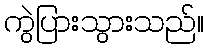
ကွဲပြားသွားသည်။